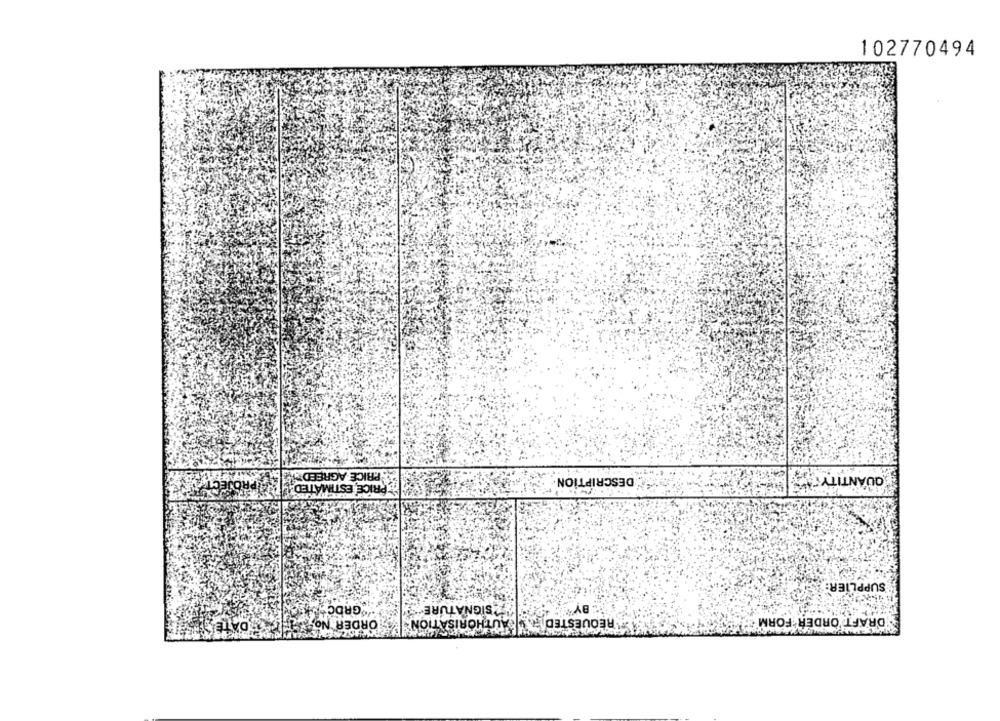
102770494
PRICE AGREEDTH
PRICE, ESTIMATED
DESCRIPTION
QUANTITY ME
SUPPLIER:
GRDCH
A SIGNATURE
BY"
DATE
ORDER No.
"REQUESTED | AUTHORISATION
DRAFT ORDER FORM